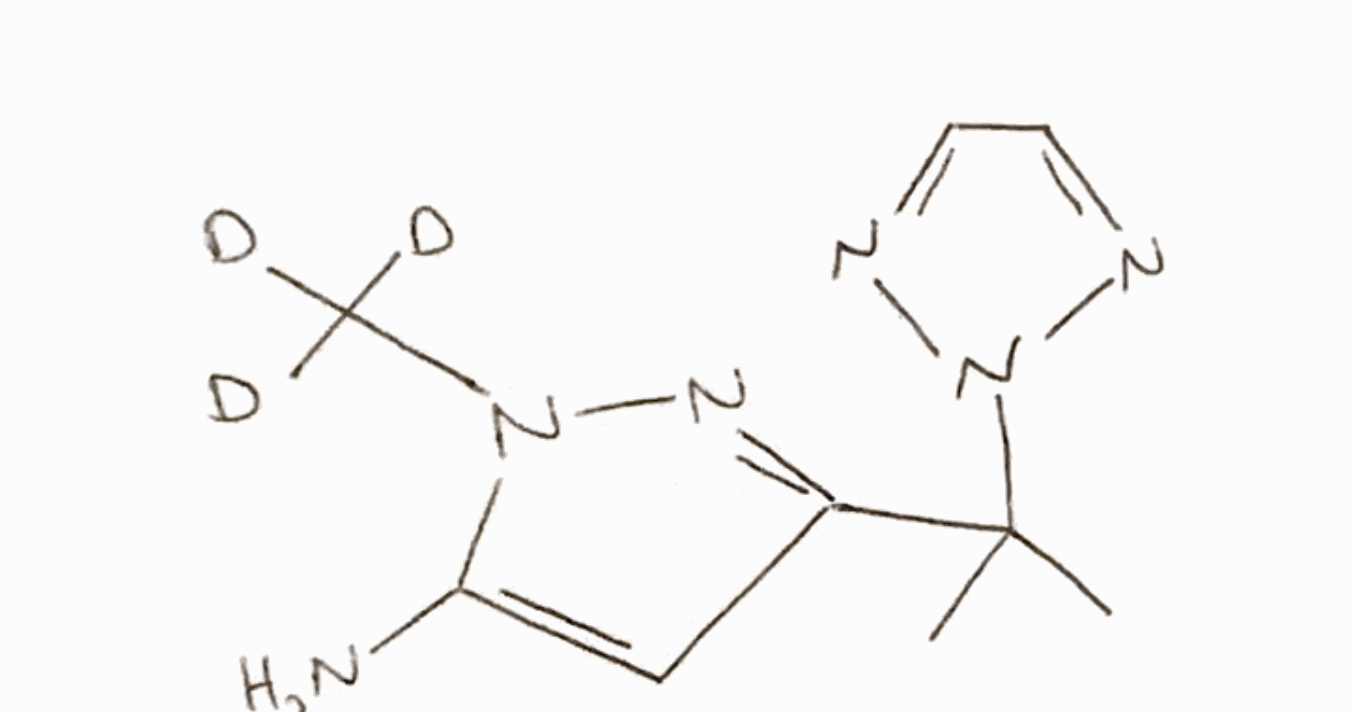
Simplified molecular-input line-entry system (SMILES) notation of the given molecule:
[2H]C([2H])([2H])N1C(=CC(=N1)C(C)(C)N2N=CC=N2)N